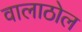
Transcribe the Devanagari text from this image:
वालाठोल